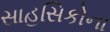
સાહસિકોના